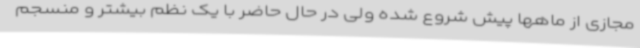
مجازی از ماهها پیش شروع شده ولی در حال حاضر با یک نظم بیشتر و منسجم